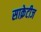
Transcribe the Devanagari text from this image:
साक्रेटीज